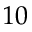
1 0